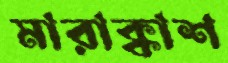
মারাক্কাশ